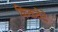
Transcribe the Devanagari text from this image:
किकवेटे